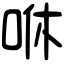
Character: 咻